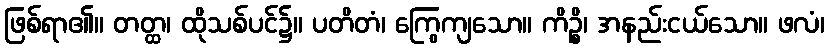
ဖြစ်ရာ၏။ တတ္ထ၊ ထိုသစ်ပင်၌။ ပတိတံ၊ ကြွေကျသော။ ကိဉ္စိ၊ အနည်းငယ်သော။ ဖလံ၊